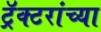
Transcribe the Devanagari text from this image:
ट्रॅक्टरांच्या